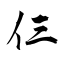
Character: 仨